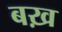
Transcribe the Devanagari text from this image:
बख़